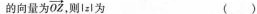
的向量为\overrightarrow{OZ}，则lzl为 ( )